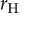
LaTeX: r _ { \mathrm { H } }